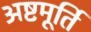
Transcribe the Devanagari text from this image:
अष्टमूर्ति